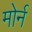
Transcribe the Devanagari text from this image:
मोर्न